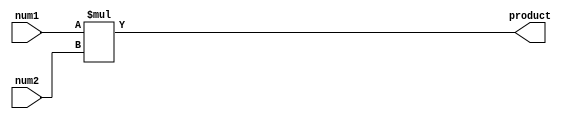
`timescale 1ns / 1ps

module fracmult(
input [23:0] num1, num2,
output reg [47:0] product
    );

always @ (*)
    begin
        product = num1 * num2;
    end    
endmodule